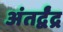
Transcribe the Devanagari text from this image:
अंतर्द्वंद्र